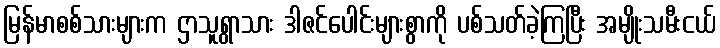
မြန်မာစစ်သားများက ဌာသူရွာသား ဒါဇင်ပေါင်းများစွာကို ပစ်သတ်ခဲ့ကြပြီး အမျိုးသမီးငယ်